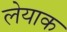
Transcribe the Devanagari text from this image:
लेयाक